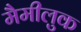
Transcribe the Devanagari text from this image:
मैमीलुक